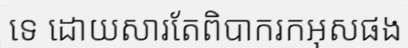
ទេ ដោយសារតែពិបាករកអុសផង